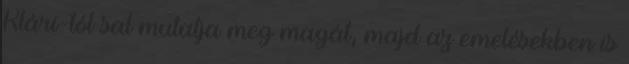
Klári-tól sal mutatja meg magát, majd az emelésekben is